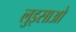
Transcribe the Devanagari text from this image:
लुइसाओ